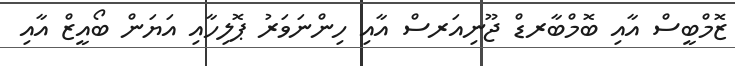
ޒޮމްބީސް އާއި ބޮމްބާރޑް ޖޫނިއަރސް އާއި ހިންނަވަރު ޕޮލިހާއި އަޔަން ބޯއީޒް އާއި